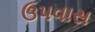
ઉપવાસ